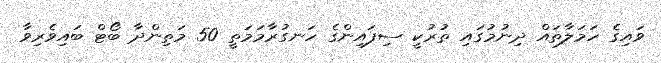
ވައިގެ ހަމަލާތައް ދިނުމުގައި ތުރުކީ ސިފައިންގެ ހަނގުރާމަމަތީ 50 މަތިންދާ ބޯޓް ބައިވެރިވާ